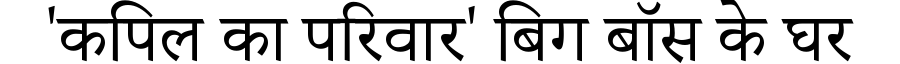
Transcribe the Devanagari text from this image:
'कपिल का परिवार' बिग बॉस के घर